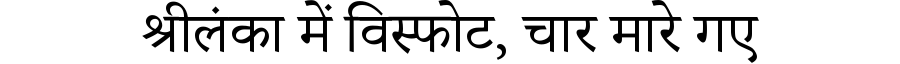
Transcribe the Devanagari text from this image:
श्रीलंका में विस्फोट, चार मारे गए